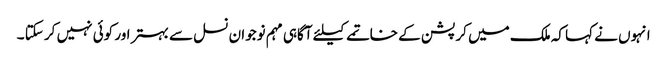
انہوں نے کہا کہ ملک میں کرپشن کے خاتمے کیلئے آگاہی مہم نوجوان نسل سے بہتر اور کوئی نہیں کر سکتا ۔